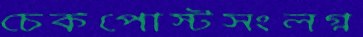
চেকপোস্টসংলগ্ন